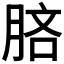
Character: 𣍵